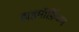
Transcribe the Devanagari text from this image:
डाइमॉर्फ़िज्म